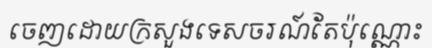
ចេញដោយក្រសួងទេសចរណ៍តែប៉ុណ្ណោះ